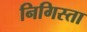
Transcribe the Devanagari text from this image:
निगिस्ता